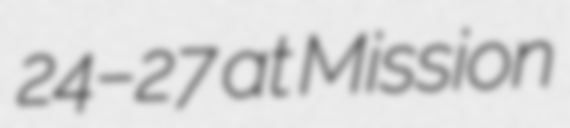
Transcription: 24–27 at Mission